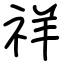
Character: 祥